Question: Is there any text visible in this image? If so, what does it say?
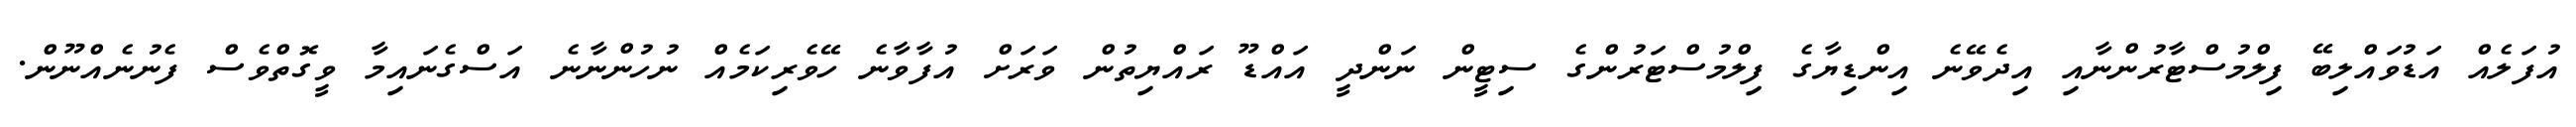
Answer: އުފަލެއް އަޑުވައްލިބޭ ފިލްމުސްޓާރުންނާއި އިދެވޭނެ އިންޑިޔާގެ ފިލްމުސްޓަރުންގެ ސިޓީން ނަންދީ އައްޑޫ ރައްޔިތުން ވަރަށް އުފާވާނެ ހޭވެރިކަމެއް ނުހުންނާނެ އަސްގެނައިމާ ވީގޮތްވެސް ފެނުނެއްނޫން.